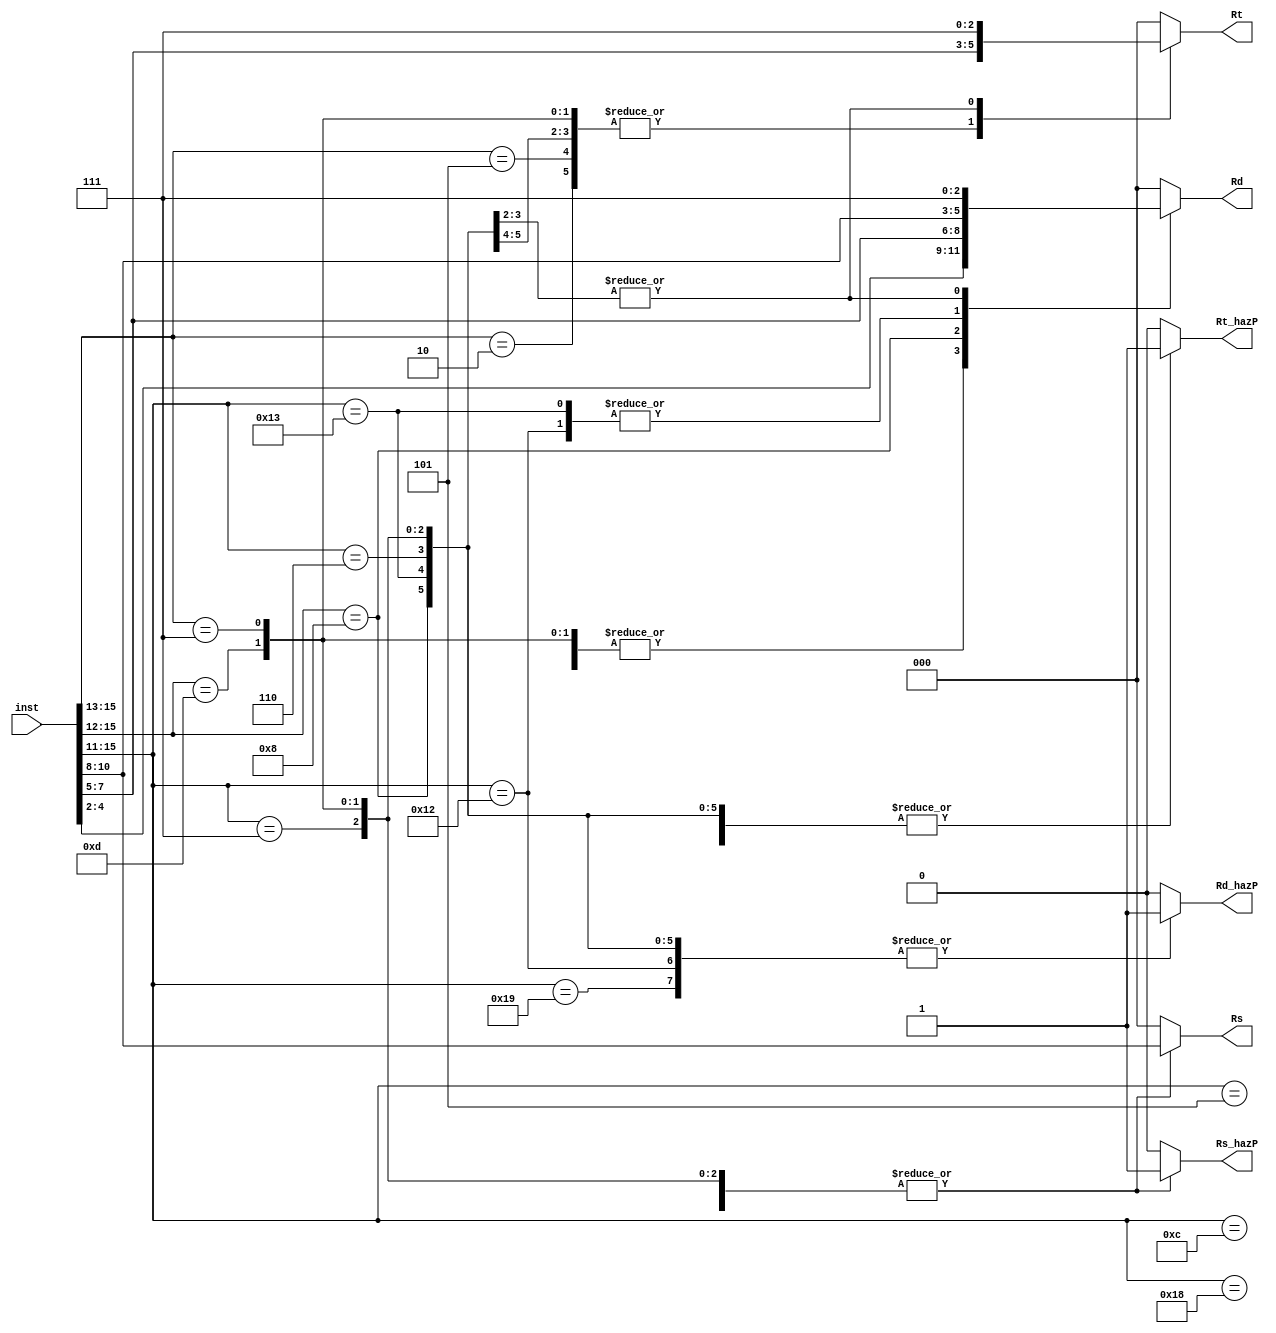
module hazard_helper(inst,
                     Rs, Rt, Rd, Rs_hazP, Rt_hazP, Rd_hazP);

  input [15:0] inst;

  //signals that will be used to determine hazards
  output reg [2:0] Rs, Rt, Rd;
  output reg Rs_hazP, Rt_hazP, Rd_hazP;

  always @(inst)
  begin
    //Defaults
    Rs = 3'b000;
    Rs_hazP = 1'b0;
    Rt = 3'b000;
    Rt_hazP = 1'b0;
    Rd = 3'b000;
    Rd_hazP = 1'b0;
    casex(inst[15:11])
      5'b000xx: //HALT, NOP, SIIC, NOP/RTI
        begin
        end

      5'b010xx: //ADDI, SUBI, XORI, ANDNI
        begin
          Rs = inst[10:8];
          Rs_hazP = 1'b1;
          //was Rd
	  Rt = inst[7:5]; 
          Rt_hazP = 1'b1;
        end

      5'b101xx: //ROLI, SLLI, RORI, SRLI
        begin
          Rs = inst[10:8];
          Rs_hazP = 1'b1;
          //were Rd, debugging stall signals
	  Rt = inst[7:5];
          Rt_hazP = 1'b1;
        end

      5'b1101x: //ADD, SUB, XOR, ANDN, ROL, SLL, ROR, SRL
        begin
          Rs = inst[10:8];
          Rs_hazP = 1'b1;
          Rt = inst[7:5];
          Rt_hazP = 1'b1;
          Rd = inst[4:2];
          Rd_hazP = 1'b1;
        end

      5'b111xx: //SEQ, SLT, SLE, SCO
        begin
          Rs = inst[10:8];
          Rs_hazP = 1'b1;
          Rt = inst[7:5];
          Rt_hazP = 1'b1;
          Rd = inst[4:2];
          Rd_hazP = 1'b1;
        end

      5'b11001: // BTR
        begin
          Rs = inst[10:8];
	  Rs_hazP = 1'b1;
          Rd = inst[4:2];
          Rd_hazP = 1'b1;
        end

      5'b01100: //BEQZ, BNEZ, BLTZ, BGEZ
        begin
          Rs = inst[10:8];
          Rs_hazP = 1'b1;
        end

      5'b11000: //LBI
        begin
	  //was Rd before, might need to change with other cases' as well!!!!
          Rs = inst[10:8];
          Rs_hazP = 1'b1;
        end

      5'b10010: //SLBI
        begin
          Rs = inst[10:8];
          Rs_hazP = 1'b1;
          Rd = inst[10:8];
          Rd_hazP = 1'b1;
        end

      5'b1000x: //ST, LD
        begin
          Rs = inst[10:8];
          Rs_hazP = 1'b1;
          Rt = inst[7:5];
          Rt_hazP = 1'b1;
          Rd = inst[7:5];
          Rd_hazP = 1'b1;
        end

      5'b10011: //STU
        begin
          Rs = inst[10:8];
          Rs_hazP = 1'b1;
          Rt = inst[7:5];
          Rt_hazP = 1'b1;
          Rd = inst[10:8];
          Rd_hazP = 1'b1;
        end

      5'b00100: //J
        begin
        end
      5'b00101: //JR
        begin
          Rs = inst[10:8];
          Rs_hazP = 1'b1;
        end
      5'b00110: //JAL
        begin
          Rd = 3'b111;
          Rd_hazP = 1'b1;
          Rt = 3'b111;
          Rt_hazP = 1'b1;
        end
      5'b00111: //JALR
        begin
          Rs = inst[10:8];
          Rs_hazP = 1'b1;
          Rd = 3'b111;
          Rd_hazP = 1'b1;
          Rt = 3'b111;
          Rt_hazP = 1'b1;
        end
      default:
        begin
          //AHHHHHHHHHHHHHHHHHHHHH WHAT TO DO
        end
    endcase
  end
endmodule